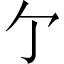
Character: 亇